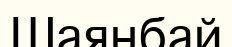
Шаянбай